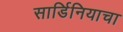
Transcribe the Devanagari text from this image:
सार्डिनियाचा